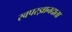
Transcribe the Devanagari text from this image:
स्वपरज्ञानदाता